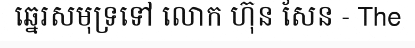
ឆ្នេរសមុទ្រទៅ លោក ហ៊ុន សែន - The